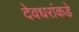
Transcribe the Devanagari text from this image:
देवधरांकडे